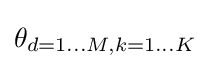
\theta _{d=1\dots M,k=1\dots K}